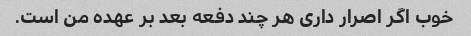
خوب اگر اصرار داری هر چند دفعه بعد بر عهده من است.